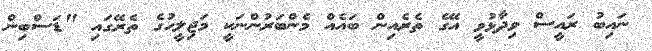
ނައިބު ރައީސް ވިދާޅުވީ އޭގެ ތެރެއިން ބައެއް މެންބަރުންނަކީ މަޖިލީހުގެ ތެރޭގައި "ޑަސްބިން